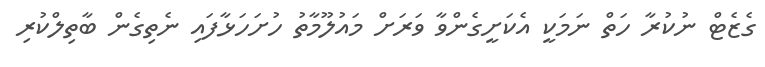
ގެޒެޓް ނުކުރާ ހަތް ނަމަކީ އެކަށީގެންވާ ވަރަށް މައުލޫމާތު ހުށަހަޅާފައި ނެތިގެން ބާތިލްކުރި